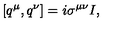
[ q ^ { \mu } , q ^ { \nu } ] = i \sigma ^ { \mu \nu } I ,